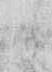
候